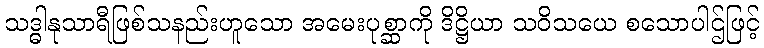
သဒ္ဓါနုသာရီဖြစ်သနည်းဟူသော အမေးပုစ္ဆာကို ဒိဋ္ဌိယာ သဝိသယေ စသောပါဌ်ဖြင့်